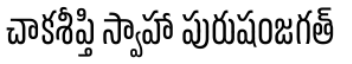
చాకశీప్తి స్వాహా పురుషంజగత్